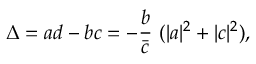
\Delta = a d - b c = - \frac { b } { \bar { c } } \ ( \vert a \vert ^ { 2 } + \vert c \vert ^ { 2 } ) ,